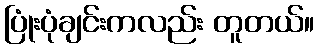
ပြုံးပုံချင်းကလည်း တူတယ်။